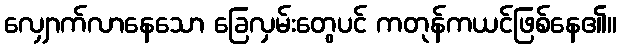
လျှောက်လာနေသော ခြေလှမ်းတွေပင် ကတုန်ကယင်ဖြစ်နေ၏။